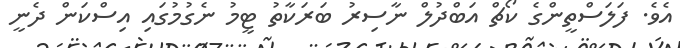
އެވެ. ފަލަސްތީންގެ ކޯޗް އަބްދުލް ނާސިރު ބަރަކާތު ޓީމު ނެގުމުގައި އިސްކަން ދެނީ